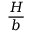
\frac { H } { b }